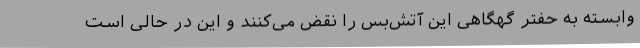
وابسته به حفتر گهگاهی این آتش‌بس را نقض می‌کنند و این در حالی است